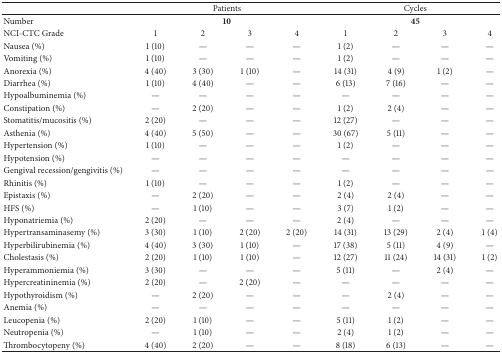
<table><thead><tr><td><b> </b></td><td colspan="4"><b>Patients</b></td><td colspan="4"><b>Cycles</b></td></tr></thead><tbody><tr><td>Number</td><td colspan="4"><b>10</b></td><td colspan="4"><b>45</b></td></tr><tr><td>NCI-CTC Grade</td><td>1</td><td>2</td><td>3</td><td>4</td><td>1</td><td>2</td><td>3</td><td>4</td></tr><tr><td>Nausea (%)</td><td>1 (10)</td><td>—</td><td>—</td><td>—</td><td>1 (2)</td><td>—</td><td>—</td><td>—</td></tr><tr><td>Vomiting (%)</td><td>1 (10)</td><td>—</td><td>—</td><td>—</td><td>1 (2)</td><td>—</td><td>—</td><td>—</td></tr><tr><td>Anorexia (%)</td><td>4 (40)</td><td>3 (30)</td><td>1 (10)</td><td>—</td><td>14 (31)</td><td>4 (9)</td><td>1 (2)</td><td>—</td></tr><tr><td>Diarrhea (%)</td><td>1 (10)</td><td>4 (40)</td><td>—</td><td>—</td><td>6 (13)</td><td>7 (16)</td><td>—</td><td>—</td></tr><tr><td>Hypoalbuminemia (%)</td><td>—</td><td>—</td><td>—</td><td>—</td><td>—</td><td>—</td><td>—</td><td>—</td></tr><tr><td>Constipation (%)</td><td>—</td><td>2 (20)</td><td>—</td><td>—</td><td>1 (2)</td><td>2 (4)</td><td>—</td><td>—</td></tr><tr><td>Stomatitis/mucositis (%)</td><td>2 (20)</td><td>—</td><td>—</td><td>—</td><td>12 (27)</td><td>—</td><td>—</td><td>—</td></tr><tr><td>Asthenia (%)</td><td>4 (40)</td><td>5 (50)</td><td>—</td><td>—</td><td>30 (67)</td><td>5 (11)</td><td>—</td><td>—</td></tr><tr><td>Hypertension (%)</td><td>1 (10)</td><td>—</td><td>—</td><td>—</td><td>1 (2)</td><td>—</td><td>—</td><td>—</td></tr><tr><td>Hypotension (%)</td><td>—</td><td>—</td><td>—</td><td>—</td><td>—</td><td>—</td><td>—</td><td>—</td></tr><tr><td>Gengival recession/gengivitis (%)</td><td>—</td><td>—</td><td>—</td><td>—</td><td>—</td><td>—</td><td>—</td><td>—</td></tr><tr><td>Rhinitis (%)</td><td>1 (10)</td><td>—</td><td>—</td><td>—</td><td>1 (2)</td><td>—</td><td>—</td><td>—</td></tr><tr><td>Epistaxis (%)</td><td>—</td><td>2 (20)</td><td>—</td><td>—</td><td>2 (4)</td><td>2 (4)</td><td>—</td><td>—</td></tr><tr><td>HFS (%)</td><td>—</td><td>1 (10)</td><td>—</td><td>—</td><td>3 (7)</td><td>1 (2)</td><td>—</td><td>—</td></tr><tr><td>Hyponatriemia (%)</td><td>2 (20)</td><td>—</td><td>—</td><td>—</td><td>2 (4)</td><td>—</td><td>—</td><td>—</td></tr><tr><td>Hypertransaminasemy (%)</td><td>3 (30)</td><td>1 (10)</td><td>2 (20)</td><td>2 (20)</td><td>14 (31)</td><td>13 (29)</td><td>2 (4)</td><td>1 (4)</td></tr><tr><td>Hyperbilirubinemia (%)</td><td>4 (40)</td><td>3 (30)</td><td>1 (10)</td><td>—</td><td>17 (38)</td><td>5 (11)</td><td>4 (9)</td><td>—</td></tr><tr><td>Cholestasis (%)</td><td>2 (20) </td><td>1 (10)</td><td>1 (10)</td><td>—</td><td>12 (27)</td><td>11 (24)</td><td>14 (31)</td><td>1 (2)</td></tr><tr><td>Hyperammoniemia (%)</td><td>3 (30)</td><td>—</td><td>—</td><td>—</td><td>5 (11)</td><td>—</td><td>2 (4)</td><td>—</td></tr><tr><td>Hypercreatininemia (%)</td><td>2 (20)</td><td>—</td><td>2 (20)</td><td>—</td><td>—</td><td>—</td><td>—</td><td>—</td></tr><tr><td>Hypothyroidism (%)</td><td>—</td><td>2 (20)</td><td>—</td><td>—</td><td>—</td><td>2 (4)</td><td>—</td><td>—</td></tr><tr><td>Anemia (%)</td><td>—</td><td>—</td><td>—</td><td>—</td><td>—</td><td>—</td><td>—</td><td>—</td></tr><tr><td>Leucopenia (%)</td><td>2 (20)</td><td>1 (10)</td><td>—</td><td>—</td><td>5 (11)</td><td>1 (2)</td><td>—</td><td>—</td></tr><tr><td>Neutropenia (%)</td><td>—</td><td>1 (10)</td><td>—</td><td>—</td><td>2 (4)</td><td>1 (2)</td><td>—</td><td>—</td></tr><tr><td>Thrombocytopeny (%)</td><td>4 (40)</td><td>2 (20)</td><td>—</td><td>—</td><td>8 (18)</td><td>6 (13)</td><td>—</td><td>—</td></tr></tbody></table>